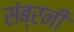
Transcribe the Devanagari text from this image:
संब्रनी